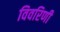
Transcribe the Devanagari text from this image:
विवरिणी